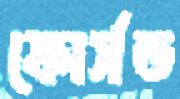
ফোর্সড